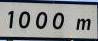
1000